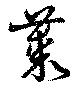
藂